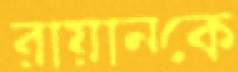
রায়ানকে